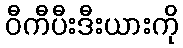
ဝီကီပီးဒီးယားကို